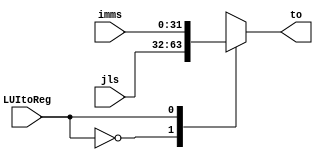
`timescale 1ns / 1ps
//////////////////////////////////////////////////////////////////////////////////
// Company: 
// Engineer: 
// 
// Design Name: 
// Module Name:    MUX_LUItoreg 
// Project Name: 
// Target Devices: 
// Tool versions: 
// Description: 
//
// Dependencies: 
//
// Revision: 
// Revision 0.01 - File Created
// Additional Comments: 
//
//////////////////////////////////////////////////////////////////////////////////
module MUX_LUItoreg(
	// MUX 2:1 FOR WD3 SOURCE
    input [31:0] imms, // FROM IMM GENERATOR
    input [31:0] jls, // FROM MUX JL OUTPUT
	 input LUItoReg, // FROM CU
    output reg [31:0] to); //OUTPUT TO WD3 
	 	// CASE FOR MUX, 1->imms, 0->jls
   always @ (imms or jls or LUItoReg) begin  
      case (LUItoReg)  
         1'b0 : to <= jls;  
         1'b1 : to <= imms;   
      endcase  
   end 

endmodule